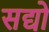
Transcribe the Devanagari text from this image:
सद्यो